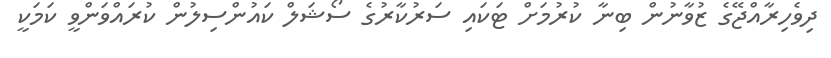
ދިވެހިރާއްޖޭގެ ޒުވާނުން ބިނާ ކުރުމަށް ޓަކައި ސަރުކާރުގެ ސޯޝަލް ކައުންސިލުން ކުރައްވަންވީ ކަމަކީ